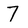
Character: 7